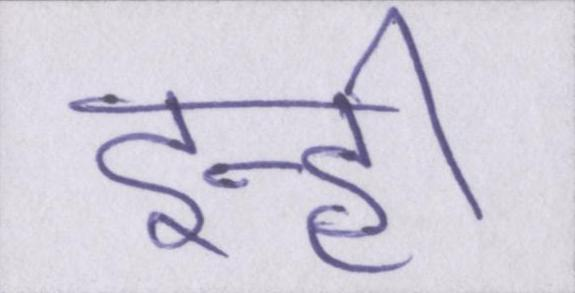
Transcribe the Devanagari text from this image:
इन्ही